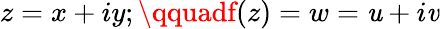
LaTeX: z=x+iy;\qquadf(z)=w=\mathit{u}+i\mathit{v}